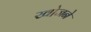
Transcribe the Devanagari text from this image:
खो़जने